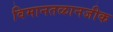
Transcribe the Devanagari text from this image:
विमानतळानजीक